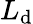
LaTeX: L_{\mathrm{d}}